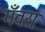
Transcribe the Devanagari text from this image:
गँवरा